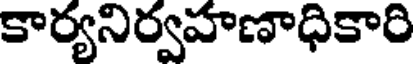
కార్యనిర్వహణాధికారి